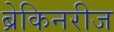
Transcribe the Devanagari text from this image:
ब्रेकिनरीज